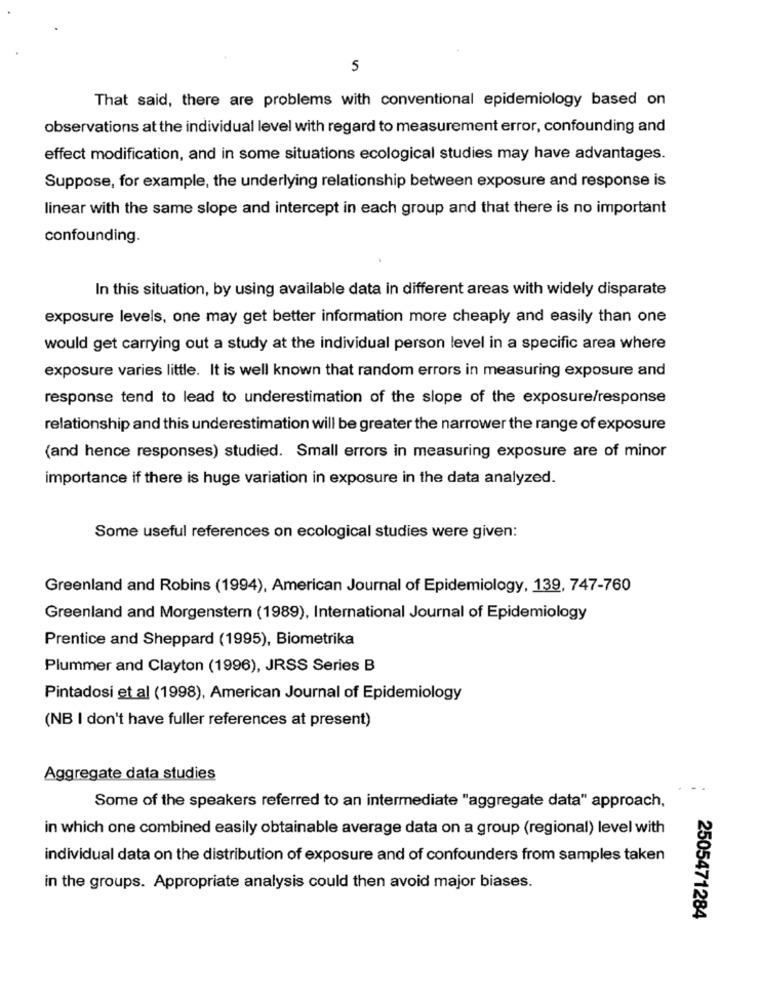
5
That said, there are problems with conventional epidemiology based on
observations at the individual level with regard to measurement error, confounding and
effect modification, and in some situations ecological studies may have advantages.
Suppose, for example, the underlying relationship between exposure and response is
linear with the same slope and intercept in each group and that there is no important
confounding.
In this situation, by using available data in different areas with widely disparate
exposure levels, one may get better information more cheaply and easily than one
would get carrying out a study at the individual person level in a specific area where
exposure varies little. It is well known that random errors in measuring exposure and
response tend to lead to underestimation of the slope of the exposure/response
relationship and this underestimation will be greater the narrower the range of exposure
(and hence responses) studied. Small errors in measuring exposure are of minor
importance if there is huge variation in exposure in the data analyzed.
Some useful references on ecological studies were given:
Greenland and Robins (1994), American Journal of Epidemiology, 139, 747-760
Greenland and Morgenstern (1989), International Journal of Epidemiology
Prentice and Sheppard (1995), Biometrika
Plummer and Clayton (1996), JRSS Series B
Pintadosi et al (1998), American Journal of Epidemiology
(NB I don't have fuller references at present)
Aggregate data studies
Some of the speakers referred to an intermediate "aggregate data" approach,
in which one combined easily obtainable average data on a group (regional) level with
individual data on the distribution of exposure and of confounders from samples taken
in the groups. Appropriate analysis could then avoid major biases.
2505471284